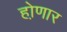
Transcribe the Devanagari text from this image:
हो़णार